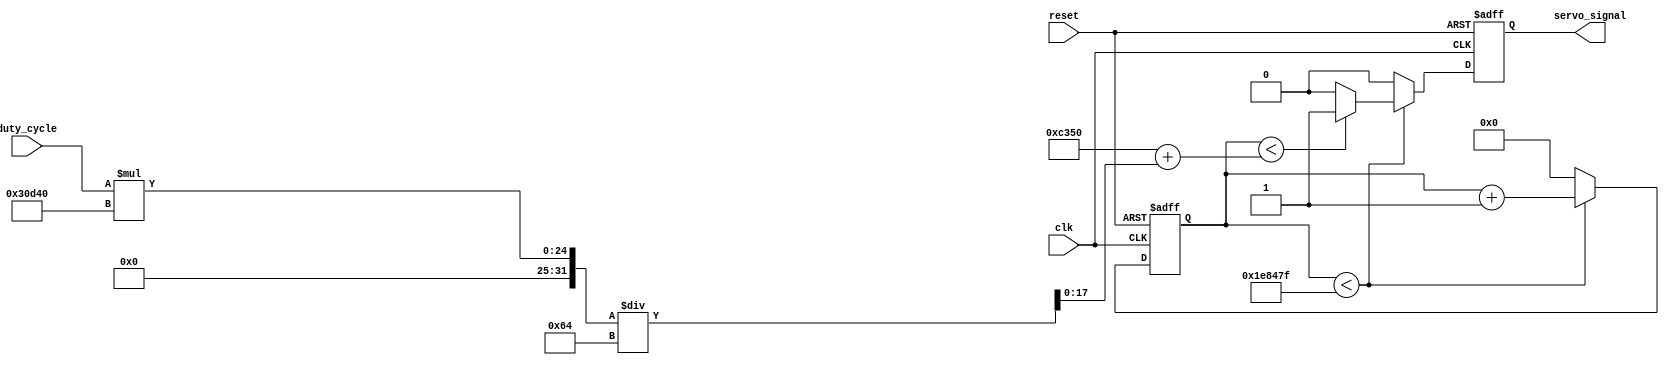
module ServoPWM #(
    parameter
    PULSE_FREQ = 50, // Servo motor operates at 50 Hz
    SYS_FREQ = 100 // FPGA clock frequency in MHz
)(
    input clk, // System clock
    input reset, // Reset signal
    input [6:0] duty_cycle, // Duty cycle (0-99)
    output reg servo_signal // PWM signal for servo motor
);

// Local parameters
localparam PULSE_PERIOD = SYS_FREQ * 1_000_000 / PULSE_FREQ; // Pulse period in clock cycles
localparam MIN_PULSE = SYS_FREQ * 500; // Minimum pulse width (0.3 ms)
localparam MAX_PULSE = SYS_FREQ * 2500; // Maximum pulse width (2.5 ms)
localparam PULSE_RANGE = MAX_PULSE - MIN_PULSE;

// Counter for generating PWM signal
reg [$clog2(PULSE_PERIOD)-1:0] counter;

// Calculate pulse width based on duty cycle
wire [$clog2(MAX_PULSE)-1:0] pulse_width;
assign pulse_width = MIN_PULSE + (duty_cycle * PULSE_RANGE / 100);

// Generate PWM signal
always @(posedge clk or posedge reset) begin
    if (reset) begin
        counter <= 0;
        servo_signal <= 0;
    end else begin
        if (counter < PULSE_PERIOD - 1) begin
            counter <= counter + 1;
            if (counter < pulse_width)
                servo_signal <= 1;
            else
                servo_signal <= 0;
        end else begin
            counter <= 0;
            servo_signal <= 0;
        end
    end
end

endmodule